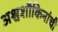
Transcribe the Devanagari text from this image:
अश्वशौकिनांची